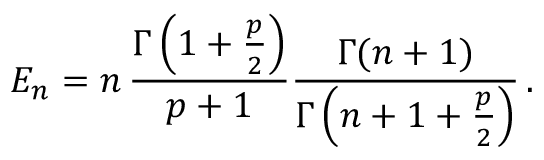
E _ { n } = n \, \frac { \Gamma \left( 1 + \frac { p } { 2 } \right) } { p + 1 } \frac { \Gamma ( n + 1 ) } { \Gamma \left( n + 1 + \frac { p } { 2 } \right) } \, .